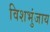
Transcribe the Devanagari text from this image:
विशभुंजाय